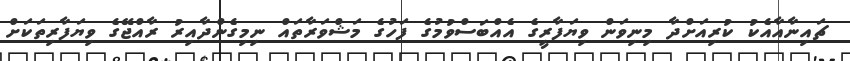
ޗައިނާއާއެކު ކުރިއަށްދާ މިނިވަން ވިޔަފާރީގެ އެއްބަސްވުމުގެ ފަހުގެ މަޝްވަރާތައް ނިމިގެންދާއިރު ރާއްޖޭގެ ވިޔަފާރިތަކަށް